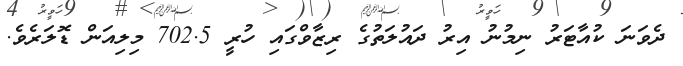
ދެވަނަ ކުއާޓަރު ނިމުނު އިރު ދައުލަތުގެ ރިޒާވްގައި ހުރީ 702.5 މިލިއަން ޑޮލަރެވެ.